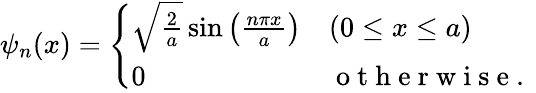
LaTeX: \psi_{n}(x)=\left\{ \begin{array}{ll}{\sqrt{\frac{2}{a}}\sin\left(\frac{n\pi x}{a}\right)}&{(0\le x\le a)}\\ {0}&{\mathrm{~o~t~h~e~r~w~i~s~e~.~}}\end{array}\right.